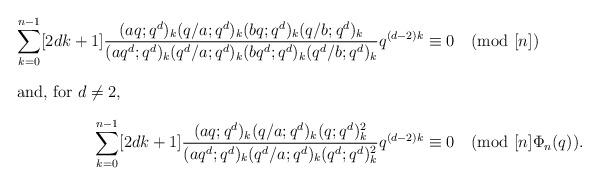
LaTeX: \begin{align*}\sum_{k=0}^{n-1}[2dk+1]\frac{(aq;q^d)_k (q/a;q^d)_k (bq;q^d)_k (q/b;q^d)_k}{(aq^d;q^d)_k(q^d/a;q^d)_k (bq^d;q^d)_k (q^d/b;q^d)_k}q^{(d-2)k}&\equiv 0\pmod{[n]}\\ \intertext{and, for $d\ne2$,}\sum_{k=0}^{n-1}[2dk+1]\frac{(aq;q^d)_k (q/a;q^d)_k (q;q^d)_k^2}{(aq^d;q^d)_k(q^d/a;q^d)_k (q^d;q^d)_k^2}q^{(d-2)k}&\equiv 0\pmod{[n]\Phi_n(q)}.\end{align*}